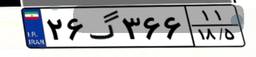
۲۶گ۳۶۶۱۱